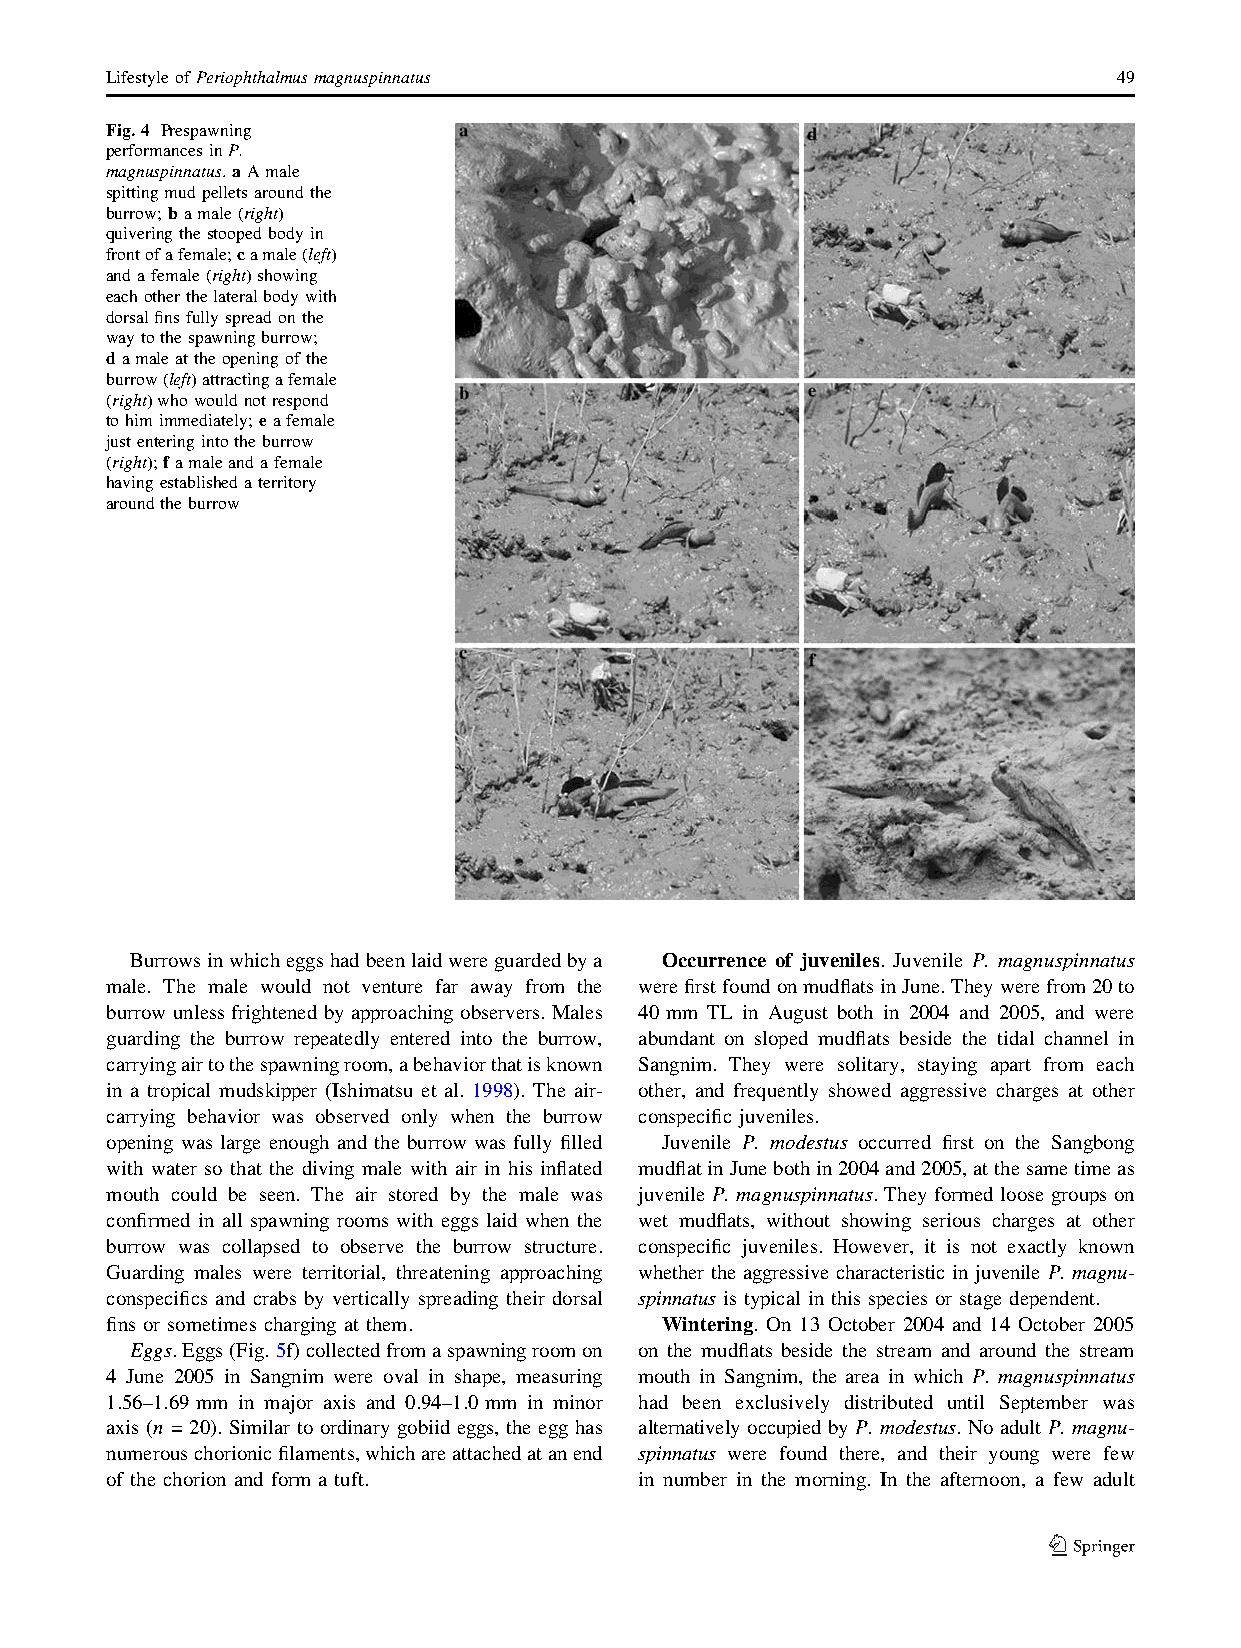
LifestyleofPeriophthalmusmagnuspinnatus                            49
 Fig.4 Prespawning
 performancesinP.
 magnuspinnatus.aAmale
 spittingmudpelletsaroundthe
 burrow;bamale(right)
 quiveringthestoopedbodyin
 frontofafemale;camale(left)
 andafemale(right)showing
 eachotherthelateralbodywith
 dorsalfinsfullyspreadonthe
 waytothespawningburrow;
 damaleattheopeningofthe
 burrow(left)attractingafemale
 (right)whowouldnotrespond
 tohimimmediately;eafemale
 justenteringintotheburrow
 (right);famaleandafemale
 havingestablishedaterritory
 aroundtheburrow
 Burrowsinwhicheggshadbeenlaidwereguardedbya Occurrence of juveniles. Juvenile P. magnuspinnatus
 male. The male would not venture far away from the werefirstfoundonmudflatsinJune.Theywerefrom20to
 burrow unless frightened by approaching observers. Males 40 mm TL in August both in 2004 and 2005, and were
 guarding the burrow repeatedly entered into the burrow, abundant on sloped mudflats beside the tidal channel in
 carryingairtothespawningroom,abehaviorthatisknown Sangnim. They were solitary, staying apart from each
 in a tropical mudskipper (Ishimatsu et al. 1998). The air- other, and frequently showed aggressive charges at other
 carrying behavior was observed only when the burrow conspecific juveniles.
 opening was large enough and the burrow was fully filled Juvenile P. modestus occurred first on the Sangbong
 with water so that the diving male with air in his inflated mudflatinJunebothin2004and2005,atthesametimeas
 mouth could be seen. The air stored by the male was juvenile P. magnuspinnatus. They formed loose groups on
 confirmed in all spawning rooms with eggs laid when the wet mudflats, without showing serious charges at other
 burrow was collapsed to observe the burrow structure. conspecific juveniles. However, it is not exactly known
 Guarding males were territorial, threatening approaching whether the aggressive characteristic in juvenile P. magnu-
 conspecifics and crabs by vertically spreading their dorsal spinnatus is typical in this species or stage dependent.
 fins or sometimes charging at them.  Wintering. On 13 October 2004 and 14 October 2005
 Eggs.Eggs(Fig. 5f)collectedfromaspawningroomon on the mudflats beside the stream and around the stream
 4 June 2005 in Sangnim were oval in shape, measuring mouth in Sangnim, the area in which P. magnuspinnatus
 1.56–1.69 mm in major axis and 0.94–1.0 mm in minor had been exclusively distributed until September was
 axis (n = 20). Similar to ordinary gobiid eggs, the egg has alternatively occupied by P. modestus. No adult P. magnu-
 numerouschorionicfilaments,whichareattachedatanend spinnatus were found there, and their young were few
 of the chorion and form a tuft.    in number in the morning. In the afternoon, a few adult
 123